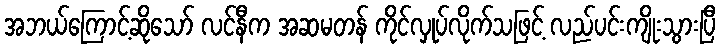
အဘယ်ကြောင့်ဆိုသော် လင်နီက အဆမတန် ကိုင်လှုပ်လိုက်သဖြင့် လည်ပင်းကျိုးသွားပြီ